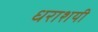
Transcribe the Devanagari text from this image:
धराशयी